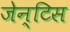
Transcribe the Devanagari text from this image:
जेन्टिस